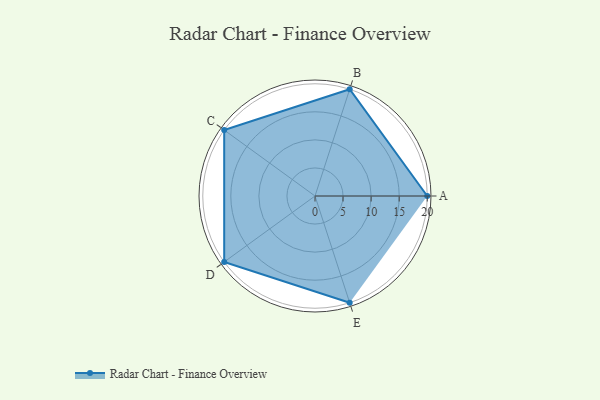
{"axis": {"x": "Skill", "y": "Score"}, "legend": ["Profile"], "data": [{"x": "A", "y": 20, "type": "Profile"}, {"x": "B", "y": 20, "type": "Profile"}, {"x": "C", "y": 20, "type": "Profile"}, {"x": "D", "y": 20, "type": "Profile"}, {"x": "E", "y": 20, "type": "Profile"}]}